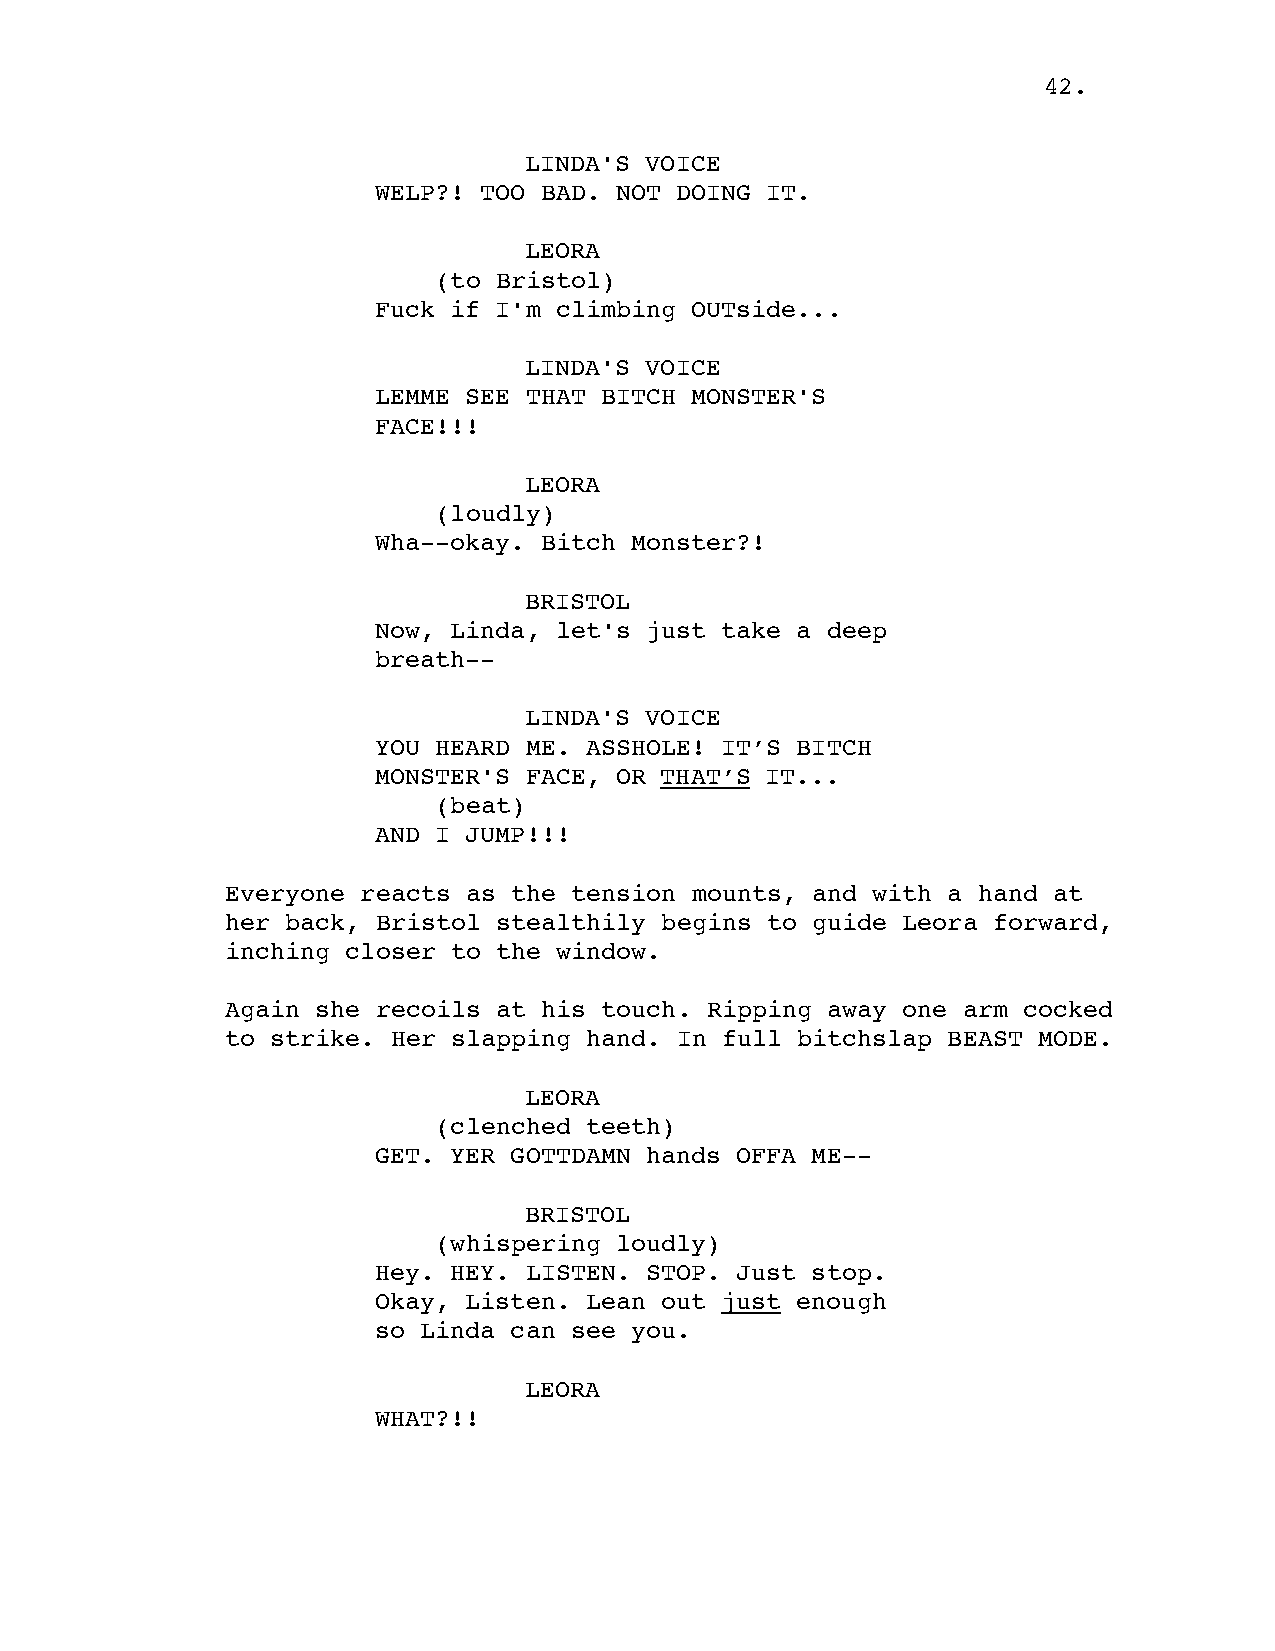
42.
 LINDA'S VOICE
 WELP?! TOO BAD. NOT DOING IT.
 LEORA
 (to Bristol)
 Fuck if I'm climbing OUTside...
 LINDA'S VOICE
 LEMME SEE THAT BITCH MONSTER'S
 FACE!!!
 LEORA
 (loudly)
 Wha--okay. Bitch Monster?!
 BRISTOL
 Now, Linda, let's just take a deep
 breath--
 LINDA'S VOICE
 YOU HEARD ME. ASSHOLE! IT’S BITCH
 MONSTER'S FACE, OR THAT’S IT...
 (beat)
 AND I JUMP!!!
 Everyone reacts as the tension mounts, and with a hand at
 her back, Bristol stealthily begins to guide Leora forward,
 inching closer to the window.
 Again she recoils at his touch. Ripping away one arm cocked
 to strike. Her slapping hand. In full bitchslap BEAST MODE.
 LEORA
 (clenched teeth)
 GET. YER GOTTDAMN hands OFFA ME--
 BRISTOL
 (whispering loudly)
 Hey. HEY. LISTEN. STOP. Just stop.
 Okay, Listen. Lean out just enough
 so Linda can see you.
 LEORA
 WHAT?!!